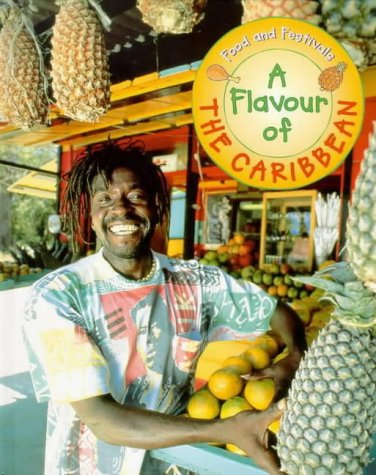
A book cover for Flavours of the Caribbean (Food & Festivals); Linda Illsley; Children's Books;